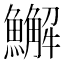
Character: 䲒